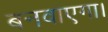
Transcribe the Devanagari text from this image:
बनवाएगा।